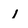
Character: l